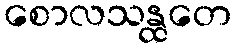
စောလသန္ထတေ